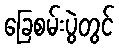
ခြေစမ်းပွဲတွင်